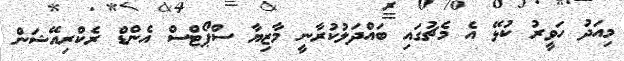
މިއަދު ހަވީރު ކުޅޭ އެ މެޗުގައި ބައްދަލުކުރާނީ މާޒިޔާ ސްޕޯޓްސް އެންޑް ރެކްރިއޭޝަން